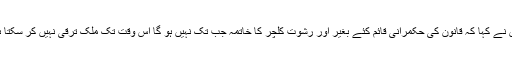
انہوں نے کہا کہ قانون کی حکمرانی قائم کئے بغیر اور رشوت کلچر کا خاتمہ جب تک نہیں ہو گا اس وقت تک ملک ترقی نہیں کر سکتا ہے ۔